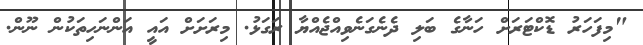
"މިފަހަރު ޑޮކްޓަރަށް ހަނާގެ ބަލި ދެނެގަނެވިއްޖެއްޔާ ރަގަޅު. މިރަށަށް އައީ އަންނަހިތަކުން ނޫން.